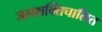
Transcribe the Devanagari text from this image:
जलशक्तिचालित